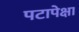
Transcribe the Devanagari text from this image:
पटापेक्षा